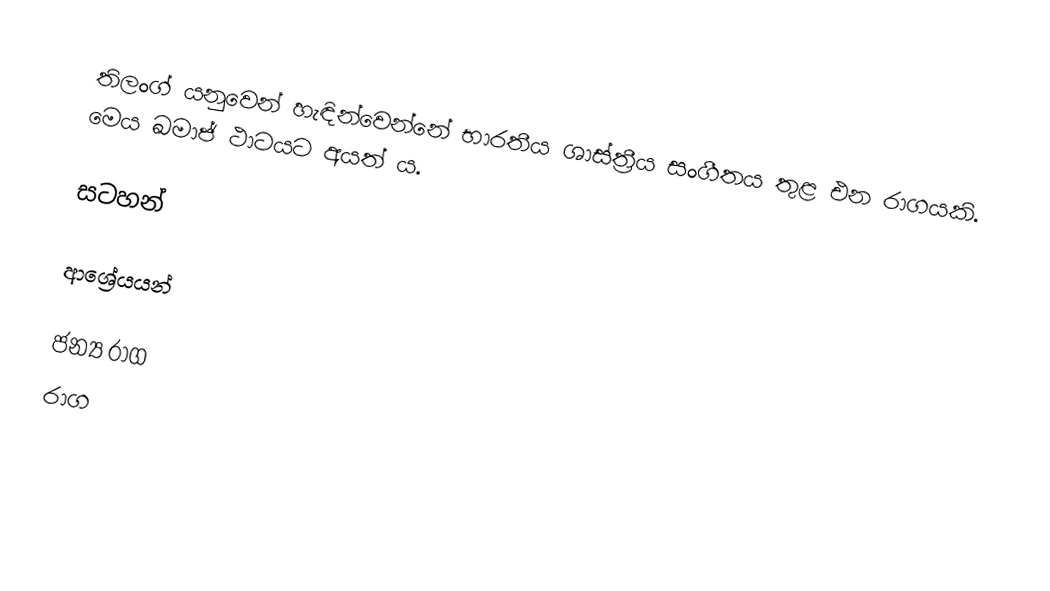
තිලංග් ‍යනුවෙන් හැඳින්වෙන්නේ භාරතීය ශාස්ත්‍රීය සංගීතය තුළ එන රාගයකි. මෙය ඛමාජ් ථාටයට අයත් ය.

සටහන්

ආශ්‍රේයයන්

ජන්‍ය රාග
රාග